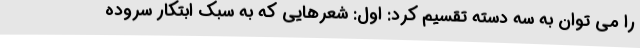
را می توان به سه دسته تقسیم کرد: اول: شعرهایی که به سبک ابتکار سروده